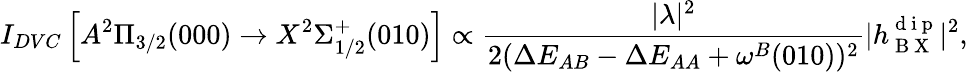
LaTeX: I_{DVC}\left[A^{2}\Pi_{3/2}(000)\rightarrow X^{2}\Sigma_{1/2}^{+}(010)\right]\propto\frac{|\lambda|^{2}}{2(\Delta E_{AB}-\Delta E_{AA}+\omega^{B}(010))^{2}}|h_{\mathrm{~B~X~}}^{\mathrm{~d~i~p~}}|^{2},